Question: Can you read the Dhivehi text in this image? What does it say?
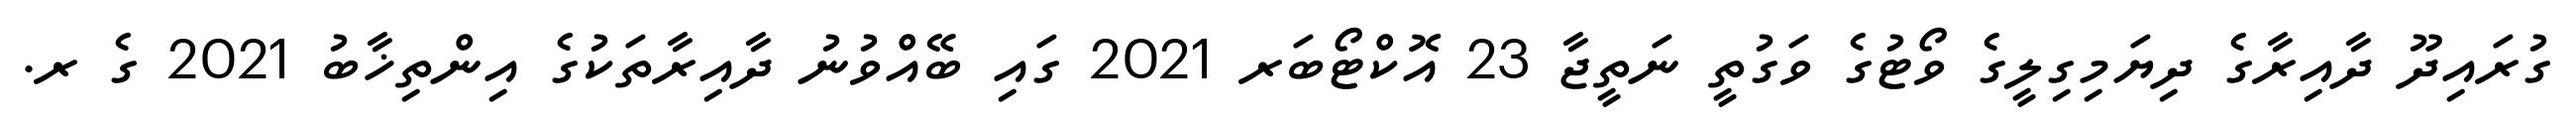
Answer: ގުރައިދޫ ދާއިރާގެ ދިޔަމިގިލީގެ ވޯޓުގެ ވަގުތީ ނަތީޖާ 23 އޮކްޓޯބަރ 2021 ގައި ބޭއްވުނު ދާއިރާތަކުގެ އިންތިޚާބު 2021 ގެ ރ.